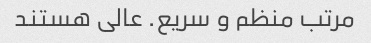
مرتب منظم و سریع. عالی هستند